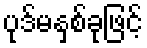
ပုဒ်မနှစ်ခုဖြင့်